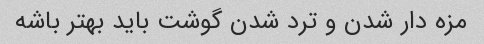
مزه دار شدن و ترد شدن گوشت باید بهتر باشه